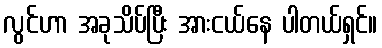
လွင်ဟာ အခုသိပ်ပြီး အားငယ်နေ ပါတယ်ရှင်။